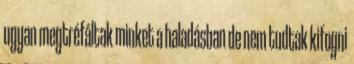
ugyan megtréfáltak minket a haladásban de nem tudtak kifogni